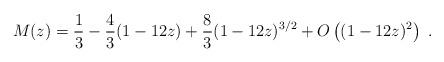
LaTeX: \begin{align*}M(z)=\frac{1}{3}-\frac{4}{3} (1- 12z)+\frac{8}{3} (1-12z)^{3/2}+ O\left((1-12z)^2\right)~.\end{align*}